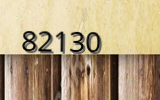
82130